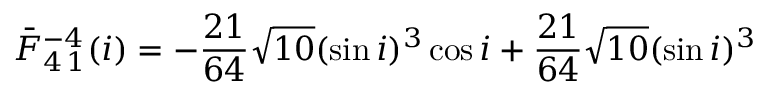
\bar { F } _ { 4 \, 1 } ^ { - 4 } ( i ) = - \frac { 2 1 } { 6 4 } \sqrt { 1 0 } ( \sin i ) ^ { 3 } \cos i + \frac { 2 1 } { 6 4 } \sqrt { 1 0 } ( \sin i ) ^ { 3 }